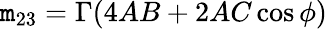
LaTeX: \mathtt{m}_{23}=\Gamma(4AB+2AC\cos\phi)